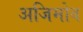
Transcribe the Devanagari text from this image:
अजिमोव